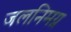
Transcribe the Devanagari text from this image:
जलनिमग्न